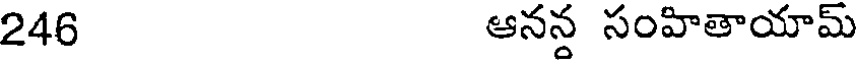
246 ఆనన్ద సంహితాయామ్